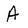
Character: A